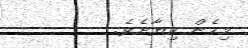
މިހެން ކިޔާށެވެ.